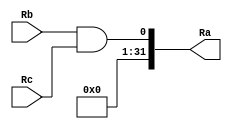
module and_32bit(
	input [31:0] Rb,
	input [31:0] Rc,
	output reg [31:0] Ra
	);

	
	 assign Ra = Rb&&Rc;

endmodule